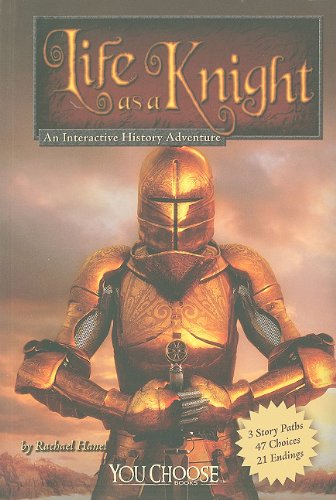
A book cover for Life as a Knight: An Interactive History Adventure (You Choose: Warriors); Rachael Hanel; Children's Books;